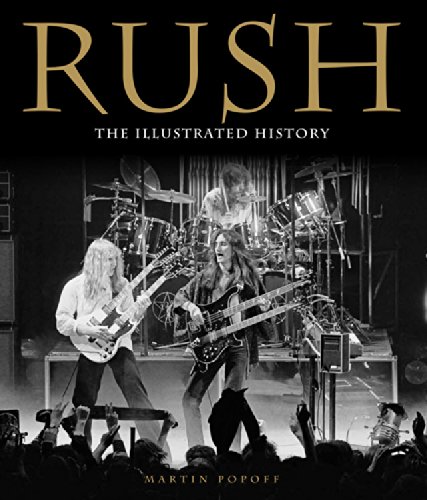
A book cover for Rush: The Illustrated History; Martin Popoff; Arts & Photography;